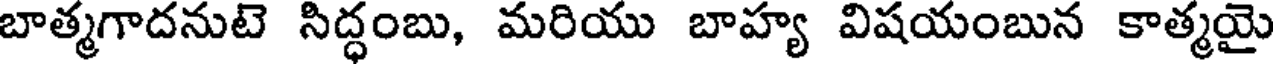
బాత్మగాదనుటె సిద్ధంబు, మరియు బాహ్య విషయంబున కాత్మయై